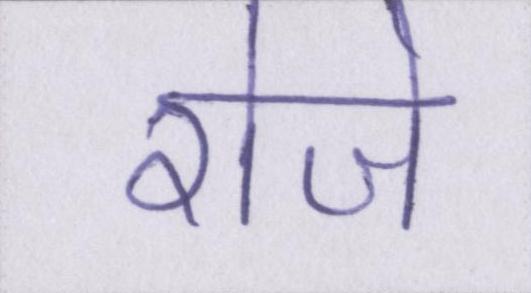
रोजे